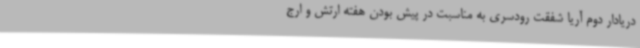
دریادار دوم آریا شفقت رودسری به مناسبت در پیش بودن هفته ارتش و ارج